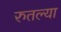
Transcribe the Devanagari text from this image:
रुतल्या